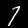
Label: 7